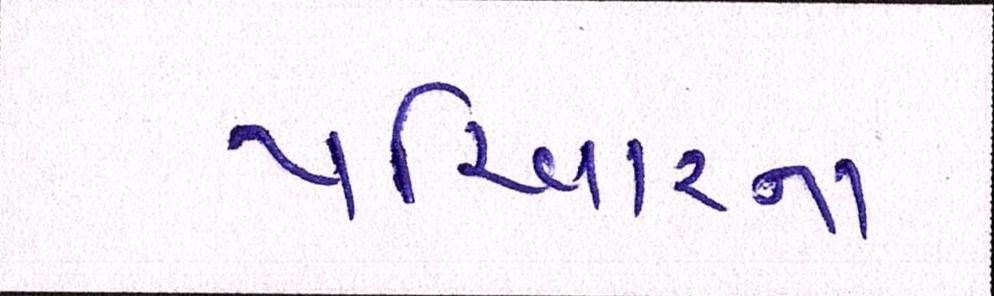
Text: પરિવારના